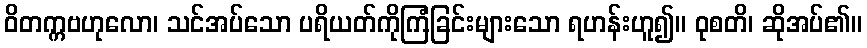
ဝိတက္ကဗဟုလော၊ သင်အပ်သော ပရိယတ်ကိုကြံခြင်းများသော ရဟန်းဟူ၍။ ဝုစတိ၊ ဆိုအပ်၏။